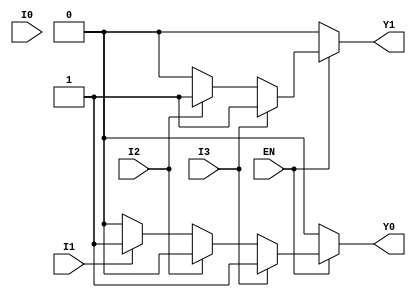
module encoder_4_to_2 (
    input wire I0,   // Input line 0
    input wire I1,   // Input line 1
    input wire I2,   // Input line 2
    input wire I3,   // Input line 3
    input wire EN,   // Enable signal
    output reg Y0,   // Output line 0
    output reg Y1    // Output line 1
);
    
    // Combinational logic for encoding
    always @(*) begin
        if (!EN) begin
            // If enable is low, output should be 00
            Y0 = 1'b0;
            Y1 = 1'b0;
        end else begin
            // Default output
            Y0 = 1'b0;
            Y1 = 1'b0;

            // Priority encoding based on inputs
            if (I3) begin
                Y0 = 1'b1;
                Y1 = 1'b1;
            end else if (I2) begin
                Y0 = 1'b0;
                Y1 = 1'b1;
            end else if (I1) begin
                Y0 = 1'b1;
                Y1 = 1'b0;
            end else if (I0) begin
                Y0 = 1'b0;
                Y1 = 1'b0;
            end
        end
    end

endmodule